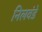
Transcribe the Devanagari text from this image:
निलवंडे